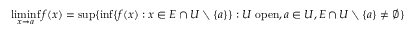
\operatorname* { l i m i n f } _ { x \to a } f ( x ) = \operatorname* { s u p } \{ \operatorname* { i n f } \{ f ( x ) : x \in E \cap U \setminus \{ a \} \} : U \ \mathrm { o p e n } , a \in U , E \cap U \setminus \{ a \} \neq \emptyset \}